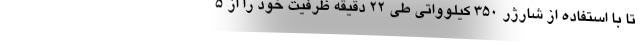
تا با استفاده از شارژر 350 کیلوواتی طی 22 دقیقه ظرفیت خود را از 5